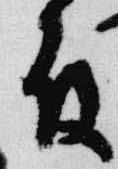
殿